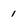
Character: 1